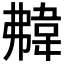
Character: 𩎡